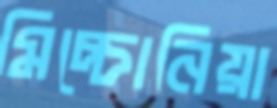
মিচ্চোনিয়া